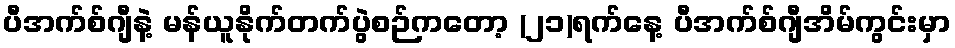
ပီအက်စ်ဂျီနဲ့ မန်ယူနိုက်တက်ပွဲစဉ်ကတော့ (၂၁)ရက်နေ့ ပီအက်စ်ဂျီအိမ်ကွင်းမှာ